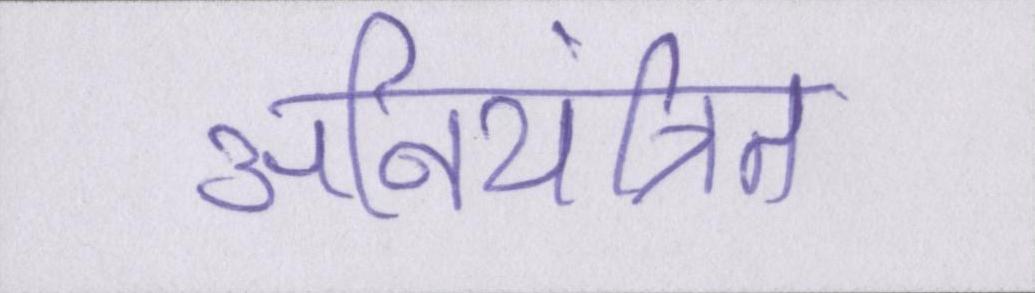
अनियंत्रित